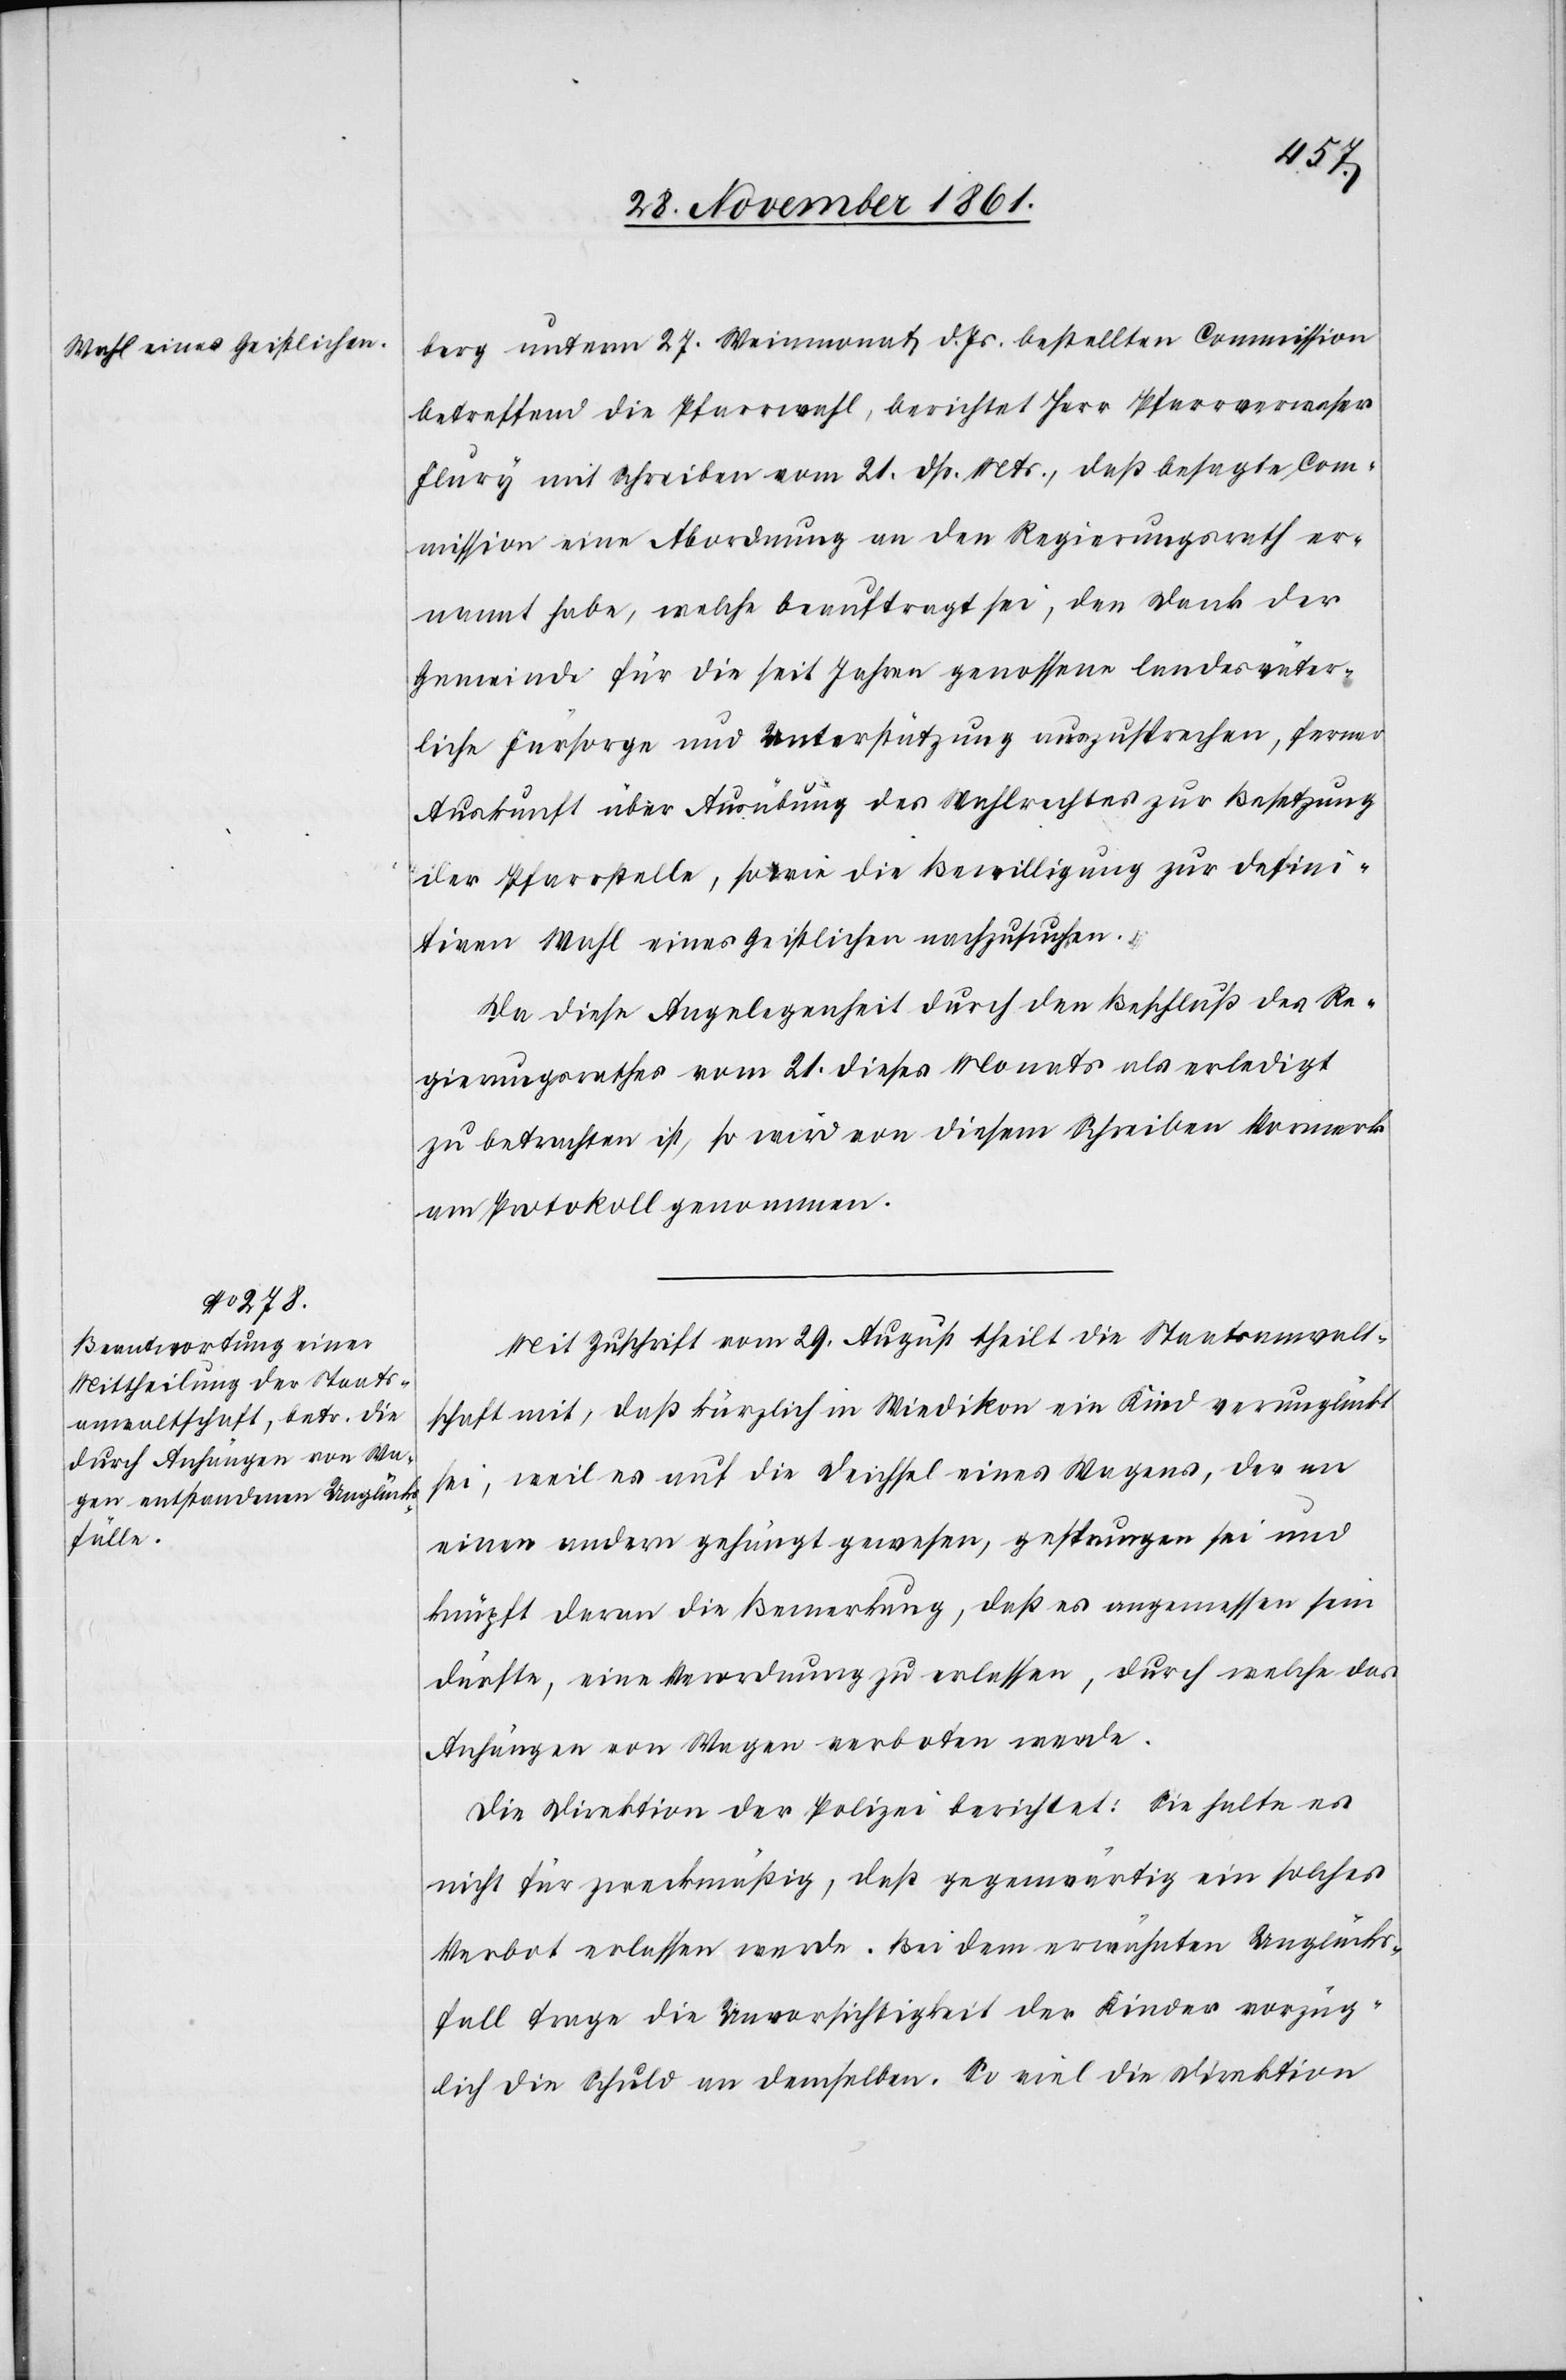
berg unterm 27 Weinmonat d. Js. bestellten Commission
betreffend die Pfarrwahl, berichtet Herr Pfarrverweser
Flury mit Schreiben vom 21 dß. Mts., daß besagte Com¬
mission eine Abordnung an den Regierungsrath er¬
nannt habe, welche beauftragt sei, den Dank der
Gemeinde für die seit Jahren genossene landesväter¬
liche Fürsorge und Unterstützung auszusprechen, ferner
Auskunft über Ausübung des Wahlrechtes zur Besetzung
der Pfarrstelle, sowie die Bewilligung zur defini¬
tiven Wahl eines Geistlichen nachzusuchen.
Da diese Angelegenheit durch den Beschluß des Re¬
gierungsrathes vom 21 dieses Monats als erledigt
zu betrachten ist, so wird von diesem Schreiben Vormerk
am Protokoll genommen.
Mit Zuschrift vom 29 August theilt die Staatsanwalt¬
schaft mit, daß kürzlich in Wiedikon ein Kind verunglückt
sei, weil es auf die Deichsel eines Wagens, der an
einem andern gehängt gewesen, gesprungen sei und
knüpft daran die Bemerkung, daß es angemessen sein
dürfte, eine Verordnung zu erlassen, durch welche das
Anhängen von Wagen verboten werde.
Die Direktion der Polizei berichtet: Sie halte es
nicht für zweckmäßig, daß gegenwärtig ein solches
Verbot erlassen werde. Bei dem erwähnten Unglücks¬
fall trage die Unvorsichtigkeit der Kinder vorzüg¬
lich die Schuld an demselben. So viel die Direktion